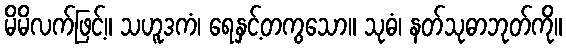
မိမိလက်ဖြင့်။ သဟူဒကံ၊ ရေနှင့်တကွသော။ သုဓံ၊ နတ်သုဓာဘုတ်ကို။